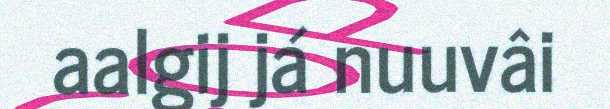
aalgij já nuuvâi